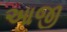
આજી